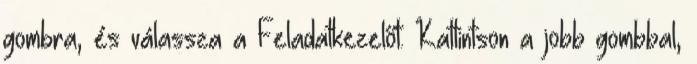
gombra, és válassza a Feladatkezelőt. Kattintson a jobb gombbal,